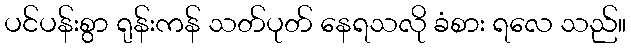
ပင်ပန်းစွာ ရုန်းကန် သတ်ပုတ် နေရသလို ခံစား ရလေ သည်။